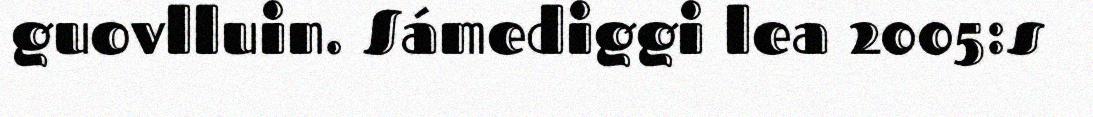
guovlluin. Sámediggi lea 2005:s